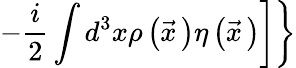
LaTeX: \left.\left.-\frac{i}{2}\int d^{3}x\rho\left(\vec{x}{\, }\right)\eta\left(\vec{x}{\, }\right)\right]\right\}